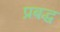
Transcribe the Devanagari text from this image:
प्रबद्ध